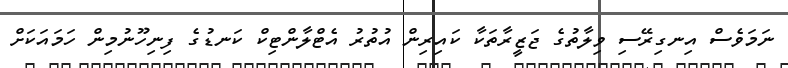
ނަމަވެސް އިނގިރޭސި ވިލާތުގެ ޖަޒީރާތަކާ ކައިރިން އުތުރު އެޓްލާންޓިކް ކަނޑުގެ ފިނިހޫނުމިން ހަމައަކަށް